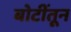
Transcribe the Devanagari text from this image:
बोटींतून